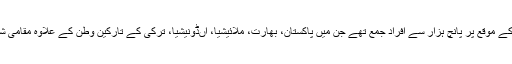
نماز جنازہ اور تدفین کے موقع پر پانچ ہزار سے افراد جمع تھے جن میں پاکستان، بھارت، ملائیشیا، اںڈونیشیا، ترکی کے تارکین وطن کے علاوہ مقامی شہری بھی شامل تھے۔